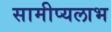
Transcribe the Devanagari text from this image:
सामीप्यलाभ